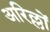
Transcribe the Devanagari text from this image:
अरिल्लों